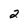
Character: 2